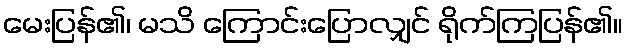
မေးပြန်၏၊ မသိ ကြောင်းပြောလျှင် ရိုက်ကြပြန်၏။